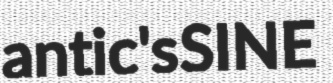
antic's SINE